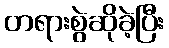
တရားစွဲဆိုခဲ့ပြီး